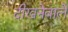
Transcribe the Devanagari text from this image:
दीखनेवाले